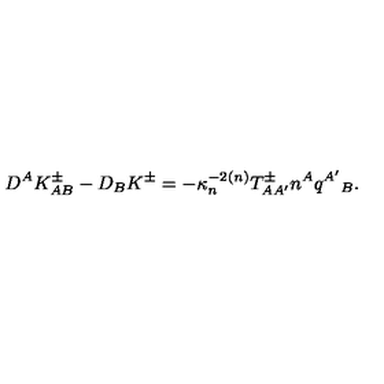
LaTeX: D ^ { A } K _ { A B } ^ { \pm } - D _ { B } K ^ { \pm } = - \kappa _ { n } ^ { - 2 } { } ^ { ( n ) } T _ { A A ^ { \prime } } ^ { \pm } n ^ { A } q ^ { A ^ { \prime } } { } _ { B } .